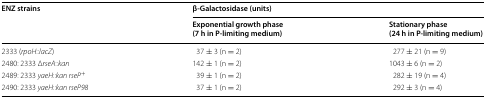
| <ROWSPAN=2> ENZ strains | <COLSPAN=2> β-Galactosidase (units) |
 | Exponential growth phase(7 h in P-limiting medium) | Stationary phase(24 h in P-limiting medium) |
 | --- | --- | --- |
 | 2333 (rpoH::lacZ) | 37 ± 3 (n = 2) | 277 ± 21 (n = 9) |
 | 2480: 2333 ΔrseA::kan | 142 ± 1 (n = 2) | 1043 ± 6 (n = 2) |
 | 2489: 2333 yaeH::kan rseP+ | 39 ± 1 (n = 2) | 282 ± 19 (n = 4) |
 | 2490: 2333 yaeH::kan rseP98 | 37 ± 1 (n = 2) | 292 ± 3 (n = 4) |